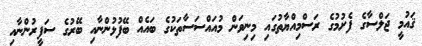
ޤައުމީ ޖަލްސާގެ ފެށުމުގެ ރަސްމިއްޔާތުގައި މިނިވަން މުއައްސަސާތަކުގެ ބައެއް ބޭފުޅުންނާއި ބޭރުގެ ސަފީރުންނާއި